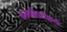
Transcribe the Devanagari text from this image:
कलाभिर्व्यक्ततां